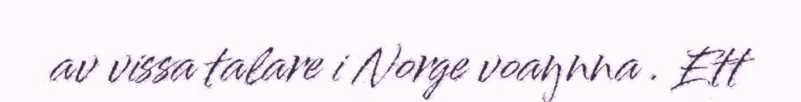
av vissa talare i Norge voaŋnna . Ett